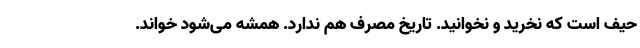
حیف است که نخرید و نخوانید. تاریخ مصرف هم ندارد. همشه می‌شود خواند.